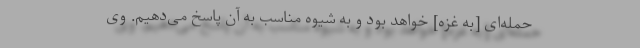
حمله‌ای [به غزه] خواهد بود و به شیوه مناسب به آن پاسخ می‌دهیم. وی